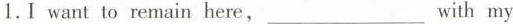
1.I want to remain here,___ with my